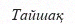
Тайшақ